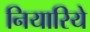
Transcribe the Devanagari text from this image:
नियारिये